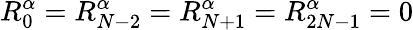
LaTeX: R_{0}^{\alpha}=R_{N-2}^{\alpha}=R_{N+1}^{\alpha}=R_{2N-1}^{\alpha}=0